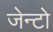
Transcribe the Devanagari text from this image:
जेन्टो